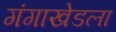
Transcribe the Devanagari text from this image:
गंगाखेडला